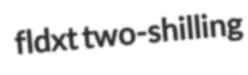
fldxt two-shilling